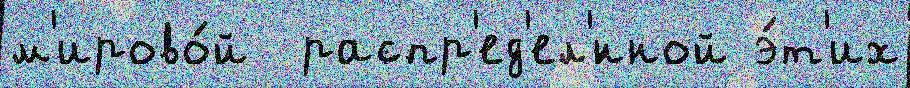
м'ирово́й  распр'ед'ел'́нной э́т'их